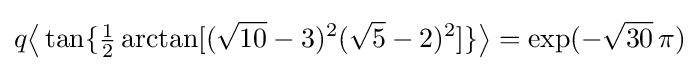
q{\bigl \langle }\tan\{{\tfrac {1}{2}}\arctan[({\sqrt {10}}-3)^{2}({\sqrt {5}}-2)^{2}]\}{\bigr \rangle }=\exp(-{\sqrt {30}}\,\pi )